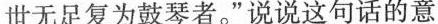
世无足复为鼓琴者。”说说这句话的意